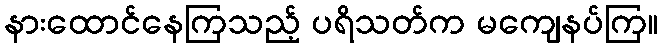
နားထောင်နေကြသည့် ပရိသတ်က မကျေနပ်ကြ။